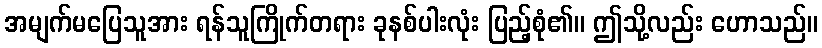
အမျက်မပြေသူအား ရန်သူကြိုက်တရား ခုနစ်ပါးလုံး ပြည့်စုံ၏။ ဤသို့လည်း ဟောသည်။